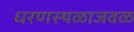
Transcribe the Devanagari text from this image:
धरणस्थळाजवळ